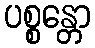
ပစ္စန္တော